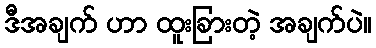
ဒီအချက် ဟာ ထူးခြားတဲ့ အချက်ပဲ။